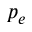
p _ { e }